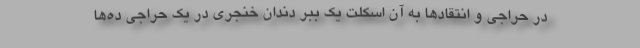
در حراجی و انتقادها به آن اسکلت یک ببر دندان خنجری در یک حراجی ده‌ها